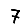
Digit: 7